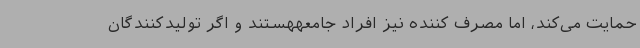
حمایت می‌کند، اما مصرف کننده نیز افراد جامعههستند و اگر تولیدکنندگان